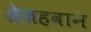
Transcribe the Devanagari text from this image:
सेजहवान